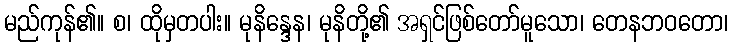
မည်ကုန်၏။ စ၊ ထိုမှတပါး။ မုနိန္ဒေန၊ မုနိတို့၏ အရှင်ဖြစ်တော်မူသော၊ တေနဘဝတော၊